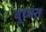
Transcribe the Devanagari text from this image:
बुध्मंत